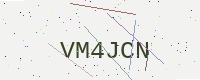
Text: VM4JCN